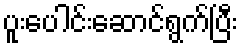
ပူးပေါင်းဆောင်ရွက်ပြီး